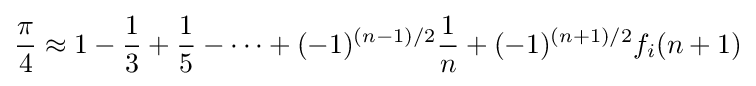
{\frac {\pi }{4}}\approx 1-{\frac {1}{3}}+{\frac {1}{5}}-\cdots +(-1)^{(n-1)/2}{\frac {1}{n}}+(-1)^{(n+1)/2}f_{i}(n+1)